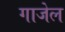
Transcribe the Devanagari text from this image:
गाजेल